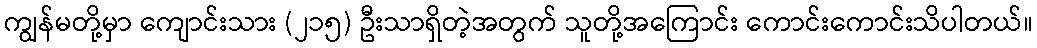
ကျွန်မတို့မှာ ကျောင်းသား (၂၁၅) ဦးသာရှိတဲ့အတွက် သူတို့အကြောင်း ကောင်းကောင်းသိပါတယ်။